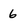
Character: 6